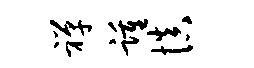
禅踵慎